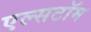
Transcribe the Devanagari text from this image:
एल्सटॉम